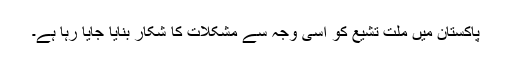
پاکستان میں ملت تشیع کو اسی وجہ سے مشکلات کا شکار بنایا جایا رہا ہے۔